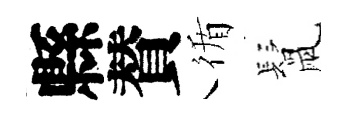
縣賛循鬛